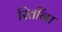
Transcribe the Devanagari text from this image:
रितींना